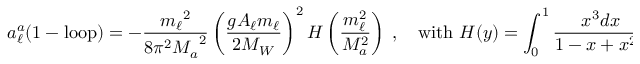
a _ { \ell } ^ { a } \mathrm { ( 1 - l o o p ) } = - { \frac { { m _ { \ell } } ^ { 2 } } { 8 { \pi } ^ { 2 } { M _ { a } } ^ { 2 } } } \left( \frac { g A _ { \ell } m _ { \ell } } { 2 M _ { W } } \right) ^ { 2 } H \left( { \frac { m _ { \ell } ^ { 2 } } { M _ { a } ^ { 2 } } } \right) \ , \quad \mathrm { w i t h ~ } H ( y ) = \int _ { 0 } ^ { 1 } { \frac { x ^ { 3 } d x } { 1 - x + x ^ { 2 } y } } \ .